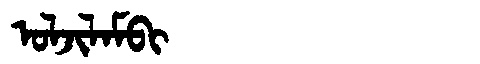
Manchu: ᠣᠯᠵᡳᠯᠠᠮᠪᡳ
Romanization: OLJILAMBI